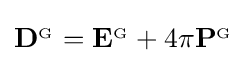
\mathbf {D} ^{_{\mathrm {G} }}=\mathbf {E} ^{_{\mathrm {G} }}+4\pi \mathbf {P} ^{_{\mathrm {G} }}